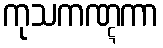
ကုသကဏ္ဋကာ